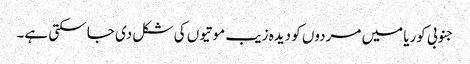
جنوبی کوریا میں مردوں کو دیدہ زیب موتیوں کی شکل دی جا سکتی ہے۔